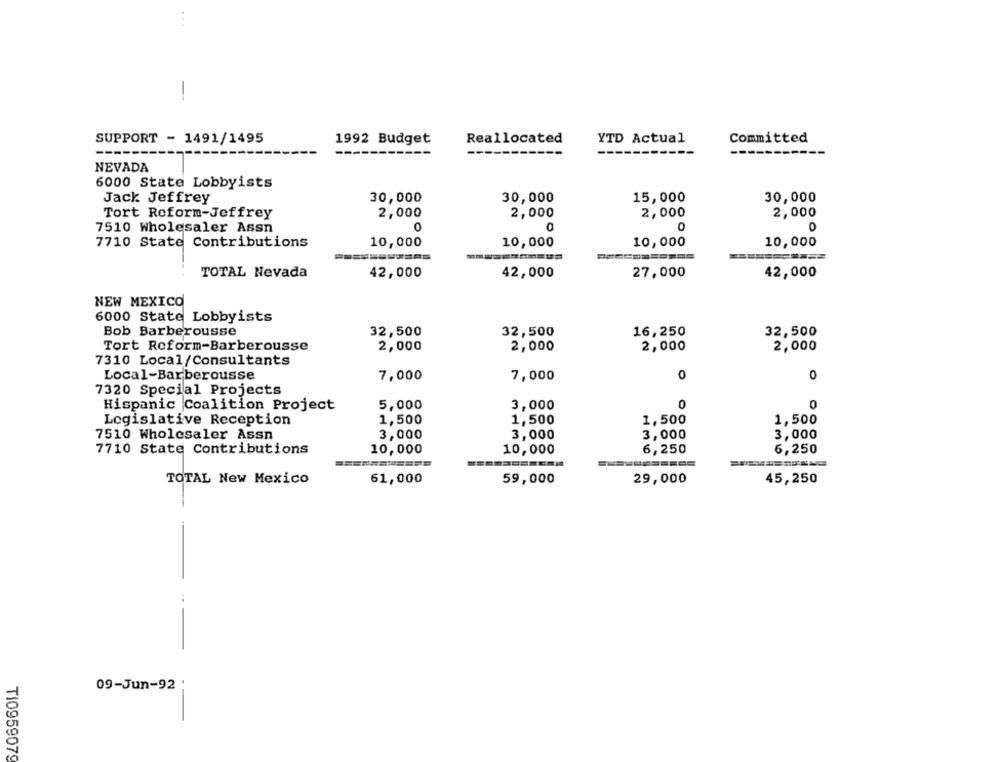
SUPPORT - 1491/1495
1992 Budget
Reallocated
YTD Actual
Committed
-----
NEVADA
6000 State Lobbyists
30,000
30,000
15,000
30,000
Jack Jeffrey
Tort Reform-Jeffrey
2,000
2,000
2,000
2,000
7510 Wholesaler Assn
0
0
7710 State Contributions
10,000
10,000
10,000
10,000
TOTAL Nevada
42,000
42,000
27,000
42,000
NEW MEXICO
6000 State Lobbyists
Bob Barberousse
32,500
32,500
16,250
32,500
Tort Reform-Barberousse
2,000
2,000
2,000
2,000
7310 Local/Consultants
Local-Barberousse
7,000
7,000
0
0
7320 Special Projects
5,000
0
0
Hispanic Coalition Project
3,000
1,500
Legislative Reception
1,500
1,500
1,500
7510 Wholesaler Assn
3,000
3,000
3,000
3,000
7710 State Contributions
10,000
10,000
6,250
6,250
TOTAL New Mexico
61,000
59,000
29,000
45,250
09-Jun-92
TI0959079